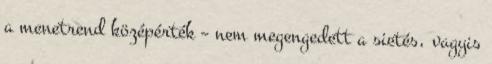
a menetrend középérték – nem megengedett a sietés, vagyis